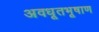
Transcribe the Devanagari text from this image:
अवधूतभूषाण